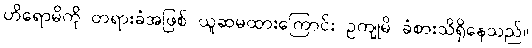
ဟိရောမိကို တရားခံအဖြစ် ယူဆမထားကြောင်း ဥကျုမိ ခံစားသိရှိနေသည်။